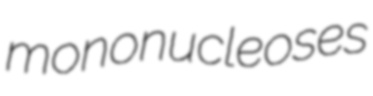
mononucleoses